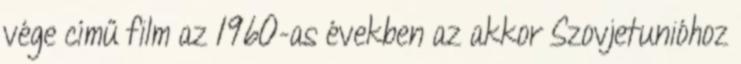
vége című film az 1960-as években az akkor Szovjetunióhoz